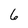
Character: 6